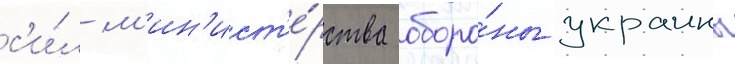
с'и́л м'ин'ист'е́рства оборо́ны украины